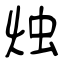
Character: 烛